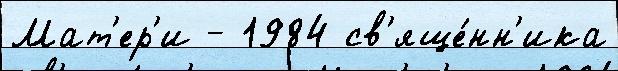
Мат'ер'и - 1984 св'яще́нн'ика